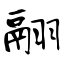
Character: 翮